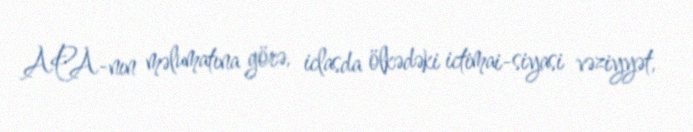
APA-nın məlumatına görə, iclasda ölkədəki ictimai-siyasi vəziyyət,